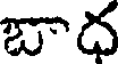
బాద